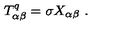
T _ { \alpha \beta } ^ { q } = \sigma X _ { \alpha \beta } \ .